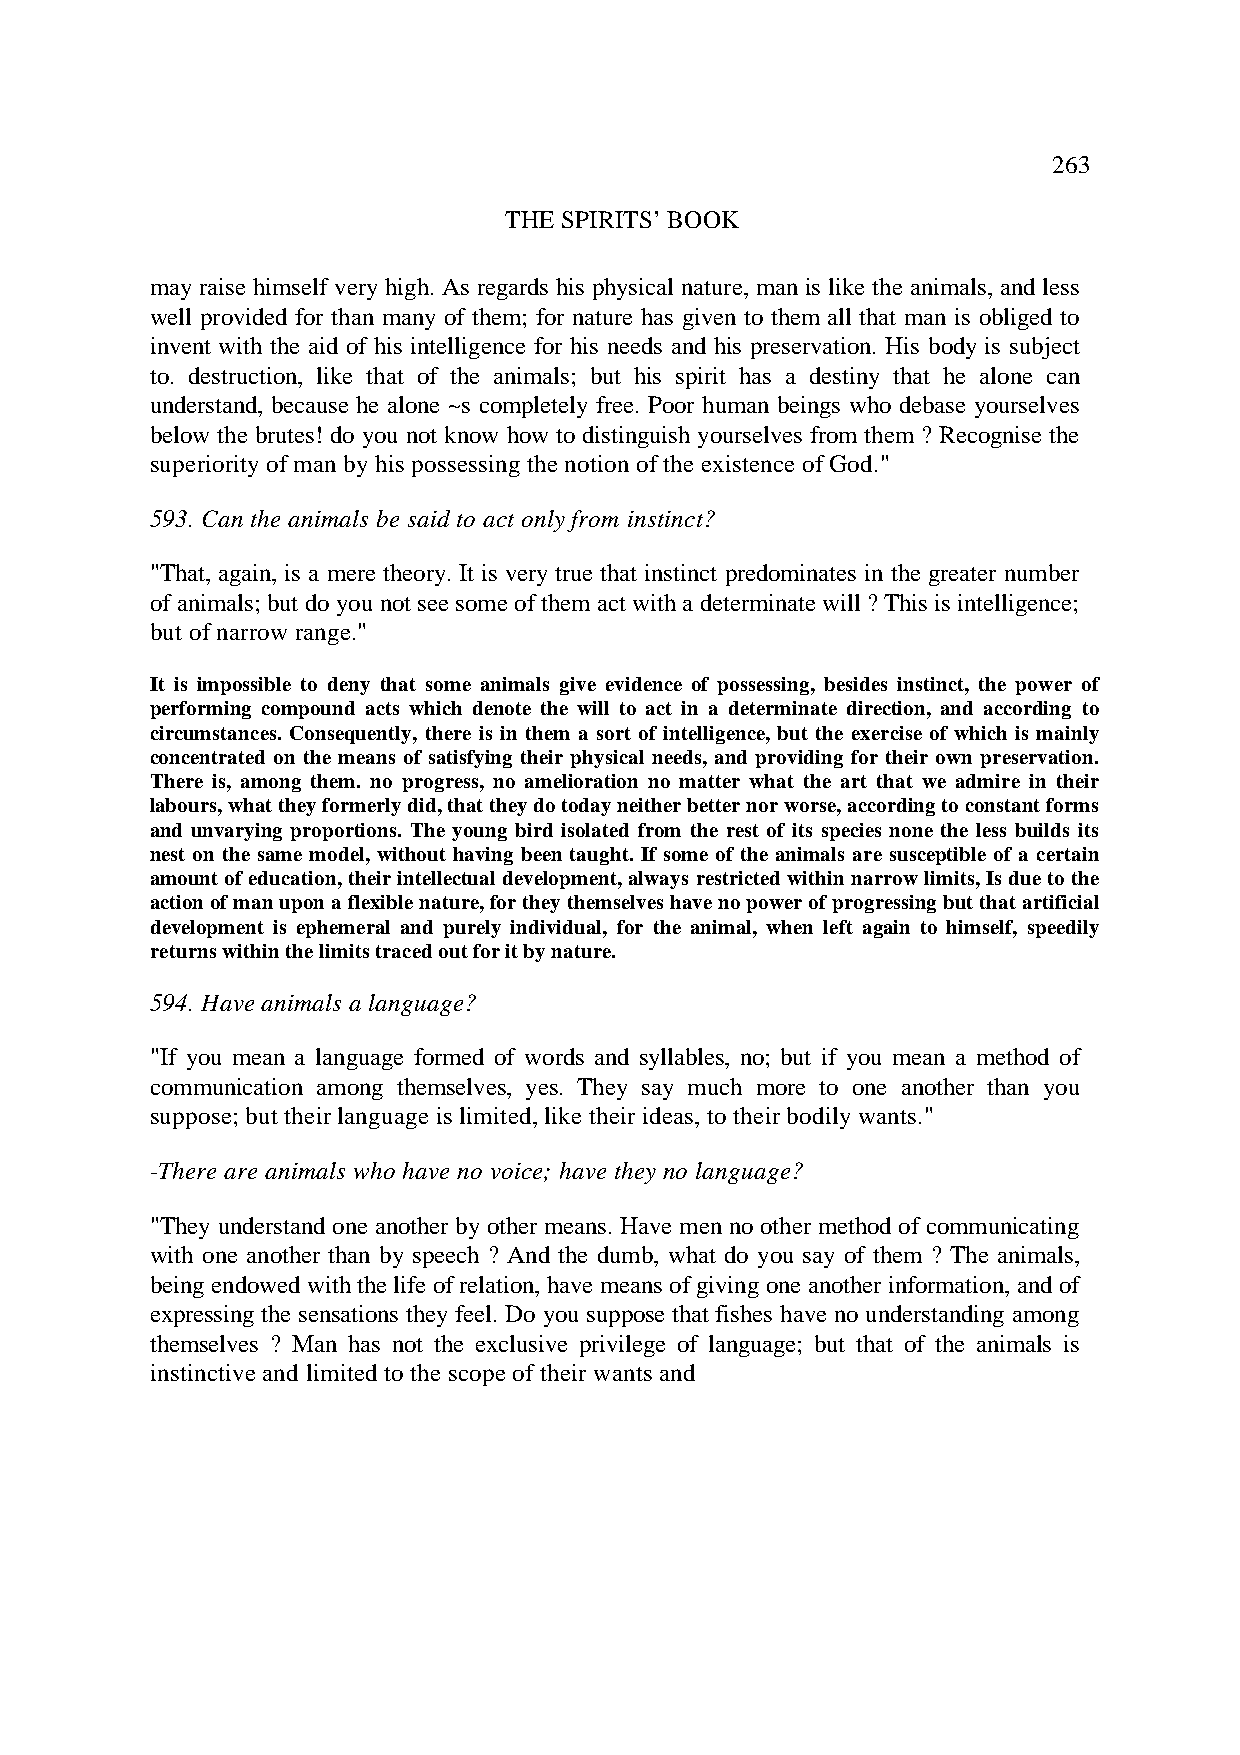
263
 THE SPIRITS’ BOOK
 may raise himself very high. As regards his physical nature, man is like the animals, and less
 well provided for than many of them; for nature has given to them all that man is obliged to
 invent with the aid of his intelligence for his needs and his preservation. His body is subject
 to. destruction, like that of the animals; but his spirit has a destiny that he alone can
 understand, because he alone ~s completely free. Poor human beings who debase yourselves
 below the brutes! do you not know how to distinguish yourselves from them ? Recognise the
 superiority of man by his possessing the notion of the existence of God."
 593. Can the animals be said to act only from instinct?
 "That, again, is a mere theory. It is very true that instinct predominates in the greater number
 of animals; but do you not see some of them act with a determinate will ? This is intelligence;
 but of narrow range."
 It is impossible to deny that some animals give evidence of possessing, besides instinct, the power of
 performing compound acts which denote the will to act in a determinate direction, and according to
 circumstances. Consequently, there is in them a sort of intelligence, but the exercise of which is mainly
 concentrated on the means of satisfying their physical needs, and providing for their own preservation.
 There is, among them. no progress, no amelioration no matter what the art that we admire in their
 labours, what they formerly did, that they do today neither better nor worse, according to constant forms
 and unvarying proportions. The young bird isolated from the rest of its species none the less builds its
 nest on the same model, without having been taught. If some of the animals are susceptible of a certain
 amount of education, their intellectual development, always restricted within narrow limits, Is due to the
 action of man upon a flexible nature, for they themselves have no power of progressing but that artificial
 development is ephemeral and purely individual, for the animal, when left again to himself, speedily
 returns within the limits traced out for it by nature.
 594. Have animals a language?
 "If you mean a language formed of words and syllables, no; but if you mean a method of
 communication among themselves, yes. They say much more to one another than you
 suppose; but their language is limited, like their ideas, to their bodily wants."
 -There are animals who have no voice; have they no language?
 "They understand one another by other means. Have men no other method of communicating
 with one another than by speech ? And the dumb, what do you say of them ? The animals,
 being endowed with the life of relation, have means of giving one another information, and of
 expressing the sensations they feel. Do you suppose that fishes have no understanding among
 themselves ? Man has not the exclusive privilege of language; but that of the animals is
 instinctive and limited to the scope of their wants and